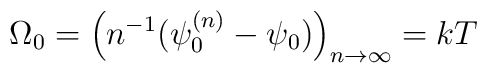
\Omega_0=\Bigl( n^{-1} \bigl( \psi_0^{(n)} - \psi_0 \bigr) \Bigr)_{n\rightarrow \infty} =kT